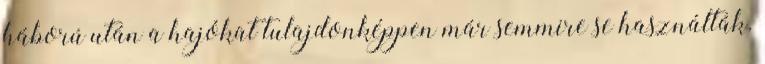
háború után a hajókat tulajdonképpen már semmire se használták.